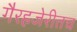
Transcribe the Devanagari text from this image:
गैरहजेरीतच